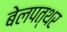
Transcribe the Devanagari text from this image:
बेलपत्थर